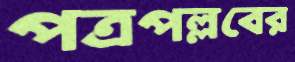
পত্রপল্লবের